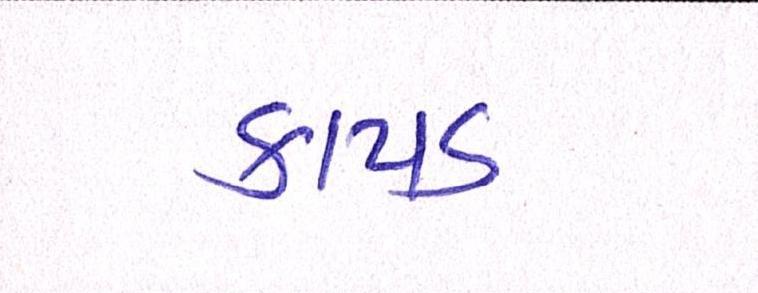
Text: કાપડ